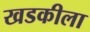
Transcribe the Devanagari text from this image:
खडकीला